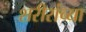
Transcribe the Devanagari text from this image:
शरीरांच्या